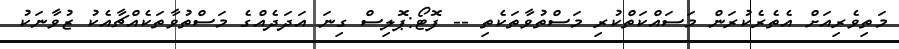
މަތިވެރިއަށް އެތެރެކުރަން މަސައްކަތްކުރި މަސްތުވާތަކެތި -- ފޮޓޯ:ޕޮލިސް ގިނަ އަދަދެއްގެ މަސްތުވާތަކެއްޗާއެކު ޒުވާނަކު